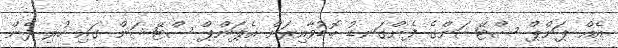
އެއް ޕަންޕް ސްޓޭޝަންގެ ފެންގަނޑު ބޮޑުވާއިރަށް އެޕަންޕް ސްޓޭޝަން ގައި ހުރި ފެން